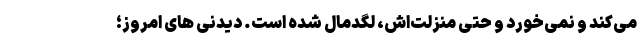
می‌کند و نمی‌خورد و حتی منزلت‌اش، لگدمال شده است. دیدنی های امروز؛